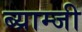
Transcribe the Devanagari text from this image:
ब्य्राम्जी